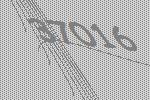
37016